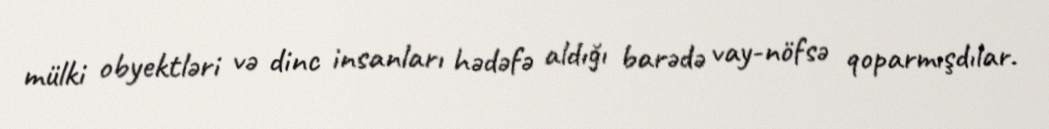
mülki obyektləri və dinc insanları hədəfə aldığı barədə vay-nöfsə qoparmışdılar.